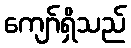
ကျော်ရှိသည်